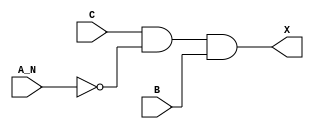
module sky130_fd_sc_hdll__and3b (
    X  ,
    A_N,
    B  ,
    C
);

    // Module ports
    output X  ;
    input  A_N;
    input  B  ;
    input  C  ;

    // Local signals
    wire not0_out  ;
    wire and0_out_X;

    //  Name  Output      Other arguments
    not not0 (not0_out  , A_N            );
    and and0 (and0_out_X, C, not0_out, B );
    buf buf0 (X         , and0_out_X     );

endmodule